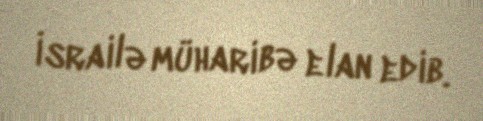
İsrailə müharibə elan edib.